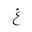
Letter: _gayn